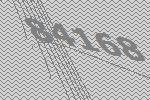
84168